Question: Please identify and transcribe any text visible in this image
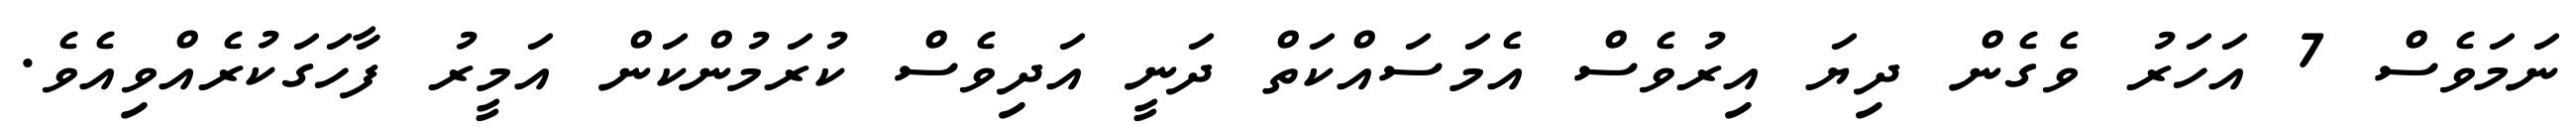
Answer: ނަމަވެސް 7 އަހަރު ވެގެން ދިޔަ އިރުވެސް އެމަސައްކަތް ދަނީ އަދިވެސް ކުރަމުންކަން އަމީރު ފާހަގަކުރެއްވިއެވެ.